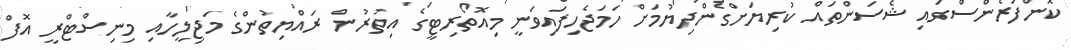
ކޮންފަރެންސްގައި ޝެސަންތައް ކުރިޔަށްގެންދިޔުމަށް ހަމަޖެހިފައިވަނީ މިއޮތޯރިޓީގެ އިތުރުން ރައްޔިތުންގެ މަޖިލީހާއި މިނިސްޓްރީ އޮފް